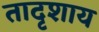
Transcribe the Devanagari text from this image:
तादृशाय